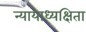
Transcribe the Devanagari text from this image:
न्यायाध्यक्षिता